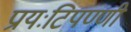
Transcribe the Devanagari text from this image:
प्रायःटिपण्णी